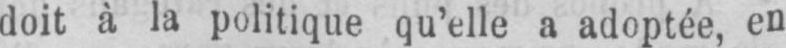
doit à la politique qu’elle a adoptée, en